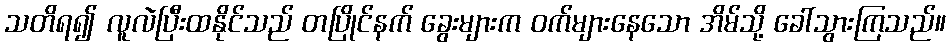
သတိရ၍ လူလဲပြီးထနိုင်သည် တပြိုင်နက် ခွေးများက ဝက်များနေသော အိမ်သို့ ခေါ်သွားကြသည်။